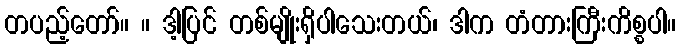
တပည့်တော်။ ။ ဒါ့ပြင် တစ်မျိုးရှိပါသေးတယ်၊ ဒါက တံတားကြီးကိစ္စပါ။